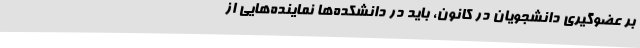
بر عضوگیری دانشجویان در کانون، باید در دانشکده‌ها نماینده‌هایی از